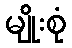
မျိုးစုံ